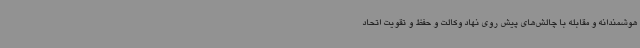
هوشمندانه و مقابله با چالش‌های پیش روی نهاد وکالت و حفظ و تقویت اتحاد